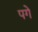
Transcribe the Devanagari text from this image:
पगे